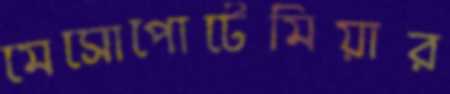
মেসোপোটেমিয়ার